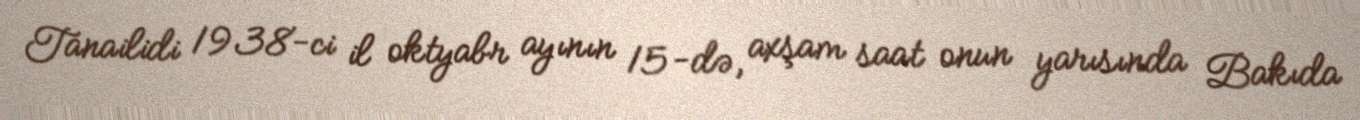
Tanailidi 1938-ci il oktyabr ayının 15-də, axşam saat onun yarısında Bakıda